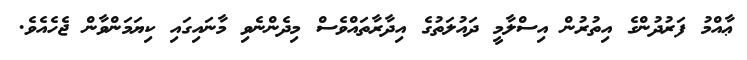
ޢާއްމު ފަރުދުންގެ އިތުރުން އިސްލާމީ ދައުލަތުގެ އިދާރާތައްވެސް މިދެންނެވި މާނައިގައި ކިޔަމަންވާން ޖެހެއެވެ.